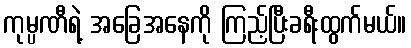
ကုမ္ပဏီရဲ့ အခြေအနေကို ကြည့်ပြီးခရီးထွက်မယ်။